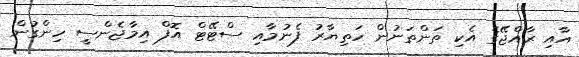
އާއި ރާއްޖޭގެ އެކި ތަންތަނުން ހަތިޔާރު ފެނުމާއި ސްޓޭޓް އޮފް އިމާޖެންސީ ހިންގުން